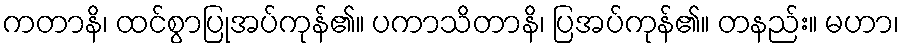
ကတာနိ၊ ထင်စွာပြုအပ်ကုန်၏။ ပကာသိတာနိ၊ ပြအပ်ကုန်၏။ တနည်း။ မဟာ၊